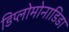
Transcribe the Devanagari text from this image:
डिप्लोमोनाडिडा